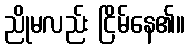
ညိုမလည်း ငြိမ်နေ၏။